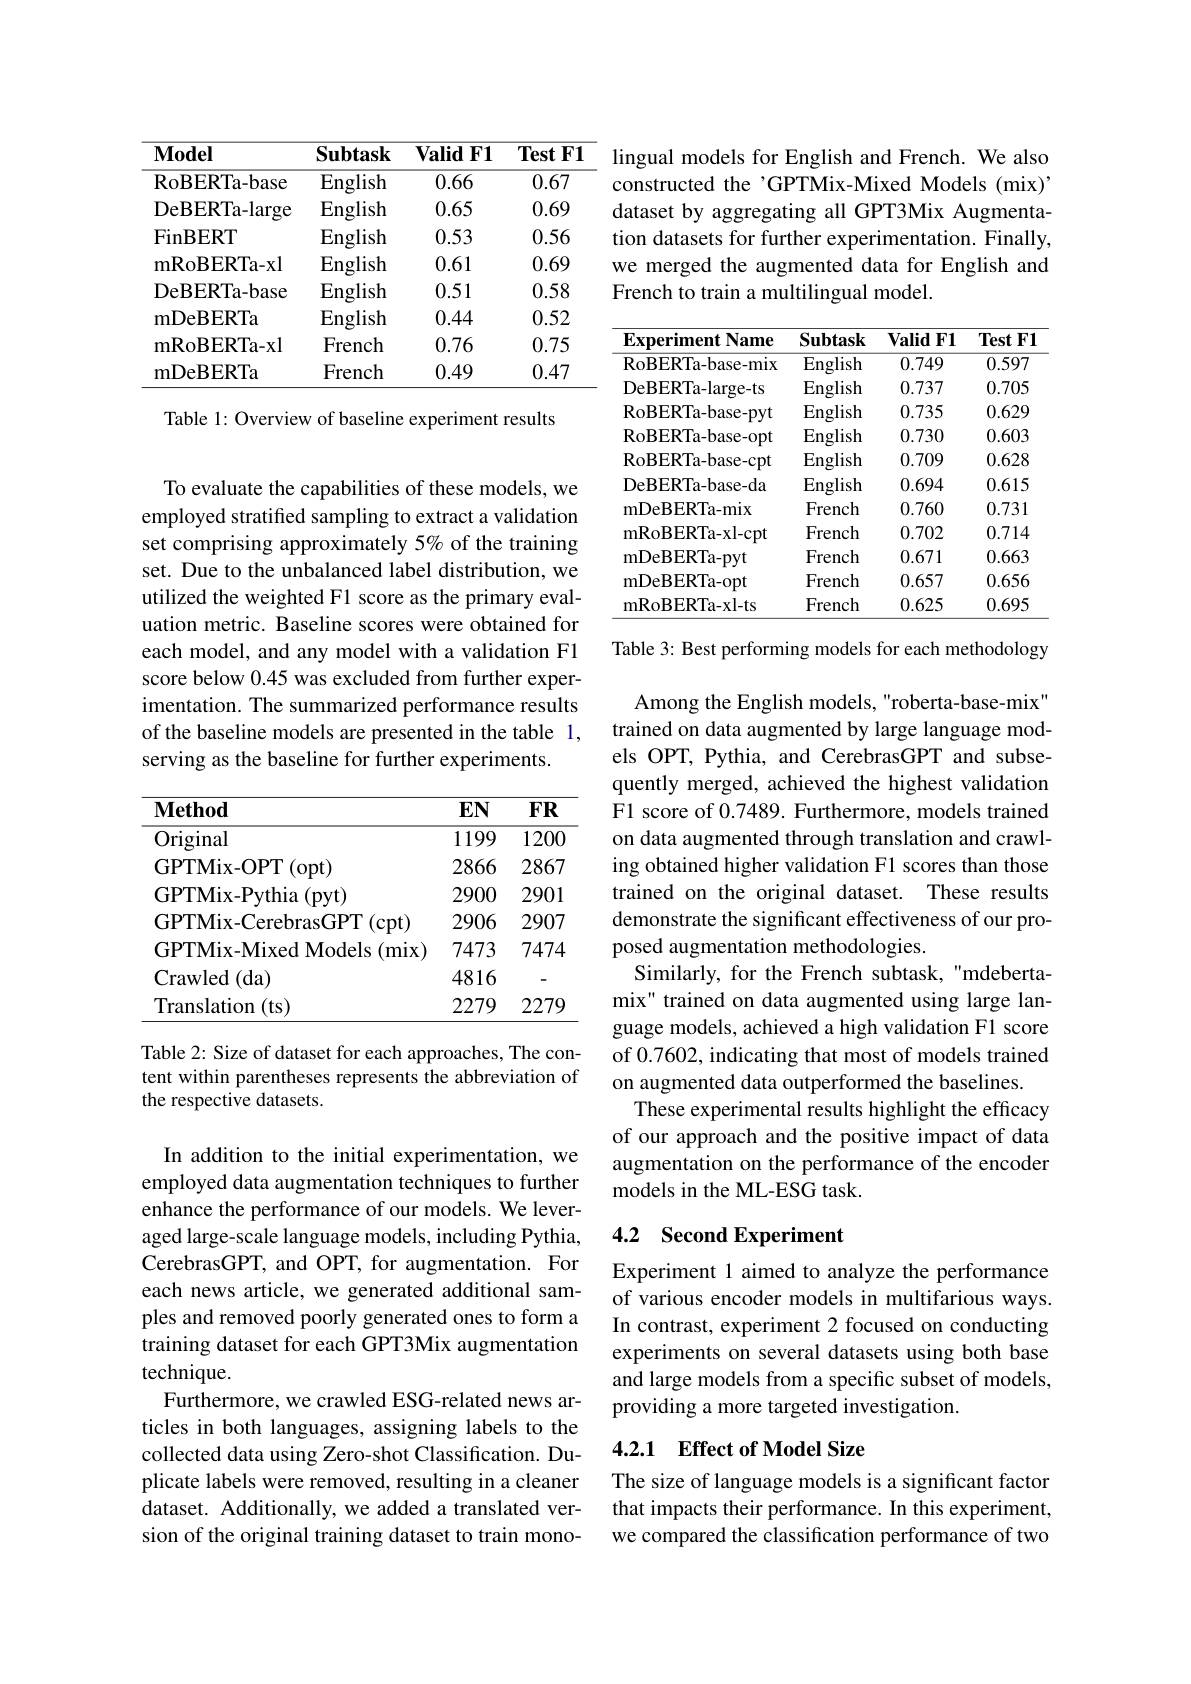
<table>
	<tbody>
		<tr>
			<th>$\mathbf{Model}$</th>
			<th>$\mathbf{Subtask}$</th>
			<th>Valid $F1$ </th>
			<th>$\mathbf{TestF1}$</th>
		</tr>
		<tr>
			<td>RoBERTa- base</td>
			<td>English</td>
			<td>0.66</td>
			<td>0.67</td>
		</tr>
		<tr>
			<td>DeBERTa-large</td>
			<td>English</td>
			<td>0.65</td>
			<td>0.69</td>
		</tr>
		<tr>
			<td>$\operatorname{FinBERT}$</td>
			<td>English</td>
			<td>0.53</td>
			<td>0.56</td>
		</tr>
		<tr>
			<td>mRoBERTa- xl</td>
			<td>English</td>
			<td>0.61</td>
			<td>0.69</td>
		</tr>
		<tr>
			<td>DeBERTa- base</td>
			<td>English</td>
			<td>0.51</td>
			<td>0.58</td>
		</tr>
		<tr>
			<td>mDeBERTa</td>
			<td>English</td>
			<td>0.44</td>
			<td>0.52</td>
		</tr>
		<tr>
			<td>mRoBERTa- xl</td>
			<td>French</td>
			<td>0.76</td>
			<td>0.75</td>
		</tr>
		<tr>
			<td>mDeBERTa</td>
			<td>French</td>
			<td>0.49</td>
			<td>0.47</td>
		</tr>
	</tbody>
</table>

Table 1: Overview of baseline experiment results

To evaluate the capabilities of these models, we employed stratified sampling to extract a validation set comprising approximately 5% of the training set. Due to the unbalanced label distribution, we utilized the weighted F1 score as the primary evaluation metric. Baseline scores were obtained for each model, and any model with a validation F1 score below 0.45 was excluded from further experimentation. The summarized performance results of the baseline models are presented in the table 1, serving as the baseline for further experiments.

<table>
	<tbody>
		<tr>
			<th>$\mathbf{Method}$</th>
			<th>$EN$</th>
			<th>$FR$</th>
		</tr>
		<tr>
			<td>Original</td>
			<td>1199</td>
			<td>1200</td>
		</tr>
		<tr>
			<td>GPTMix-OPT(opt)</td>
			<td>2866</td>
			<td>2867</td>
		</tr>
		<tr>
			<td>$\langle p\mathbf{y}|$, 1</td>
			<td>$\angle900$</td>
			<td>$\angle901$</td>
		</tr>
		<tr>
			<td>$\mathbf{v}_{\mathrm{P}}^{\mathbf{v}}$, GPTMix- Mixed Models ( mix) </td>
			<td>L/W 7473</td>
			<td>747</td>
		</tr>
		<tr>
			<td>Crawled ( da) </td>
			<td>4816</td>
			<td>-</td>
		</tr>
		<tr>
			<td>Translation (ts)</td>
			<td>2279</td>
			<td>2279</td>
		</tr>
	</tbody>
</table>

Table 2: Size of dataset for each approaches, The content within parentheses represents the abbreviation of the respective datasets.

In addition to the initial experimentation, we employed data augmentation techniques to further enhance the performance of our models. We leveraged large-scale language models, including Pythia, CerebrasGPT, and OPT, for augmentation. For each news article, we generated additional samples and removed poorly generated ones to form a training dataset for each GPT3Mix augmentation technique.
Furthermore, we crawled ESG-related news articles in both languages, assigning labels to the collected data using Zero-shot Classification. Duplicate labels were removed, resulting in a cleaner dataset. Additionally, we added a translated version of the original training dataset to train mono-

lingual models for English and French. We also constructed the'GPTMix-Mixed Models (mix)' dataset by aggregating all GPT3Mix Augmentation datasets for further experimentation. Finally, we merged the augmented data for English and French to train a multilingual model.

<table>
	<tbody>
		<tr>
			<th>$\mathbf{Experiment}$ $\mathbf{t}\mathbf{N}\mathbf{ame}$</th>
			<th>$\mathbf{Subtask}$</th>
			<th>$\mathbf{ValidF1}$</th>
			<th>$\mathbf{TestF1}$</th>
		</tr>
		<tr>
			<td>RoBERTa-base-mix</td>
			<td>$\operatorname{English}$</td>
			<td>0.749</td>
			<td>0.597</td>
		</tr>
		<tr>
			<td>DeBERTa-large-ts</td>
			<td>English</td>
			<td>0.737</td>
			<td>0.705</td>
		</tr>
		<tr>
			<td>RoBERTa- base- pyt</td>
			<td>$\operatorname{English}$</td>
			<td>0.735</td>
			<td>0.629</td>
		</tr>
		<tr>
			<td>RoBERTa- base- opt</td>
			<td>English</td>
			<td>0.730</td>
			<td>0.603</td>
		</tr>
		<tr>
			<td>RoBERTa- base- cpt</td>
			<td>English</td>
			<td>0.709</td>
			<td>0.628</td>
		</tr>
		<tr>
			<td>DeBERTa-base-da</td>
			<td>$\operatorname{English}$</td>
			<td>0.694</td>
			<td>0.615</td>
		</tr>
		<tr>
			<td>mDeBERTa-mix</td>
			<td>French</td>
			<td>0.760</td>
			<td>0.731</td>
		</tr>
		<tr>
			<td>mRoBERTa- xl- cpt</td>
			<td>French</td>
			<td>0.702</td>
			<td>0.714</td>
		</tr>
		<tr>
			<td>mDeBERTa- pyt</td>
			<td>French</td>
			<td>0.671</td>
			<td>0.663</td>
		</tr>
		<tr>
			<td>mDeBERTa- opt</td>
			<td>French</td>
			<td>0.657</td>
			<td>0.656</td>
		</tr>
		<tr>
			<td>mRoBERTa-xl-ts</td>
			<td>French</td>
			<td>0.625</td>
			<td>0.695</td>
		</tr>
	</tbody>
</table>

Table 3: Best performing models for each methodology

Among the English models, "roberta-base-mix" trained on data augmented by large language models OPT, Pythia, and CerebrasGPT and subsequently merged, achieved the highest validation F1 score of 0.7489. Furthermore, models trained on data augmented through translation and crawling obtained higher validation F1 scores than those trained on the original dataset. These results demonstrate the significant effectiveness of our proposed augmentation methodologies.
Similarly, for the French subtask, "mdebertamix" trained on data augmented using large language models, achieved a high validation F1 score of 0.7602, indicating that most of models trained on augmented data outperformed the baselines.
These experimental results highlight the efficacy of our approach and the positive impact of data augmentation on the performance of the encoder models in the ML-ESG task.

## 4.2 Second Experiment

Experiment 1 aimed to analyze the performance of various encoder models in multifarious ways. In contrast, experiment 2 focused on conducting experiments on several datasets using both base and large models from a specific subset of models, providing a more targeted investigation.

## 4.2.1 Effect of Model Size

The size of language models is a significant factor that impacts their performance. In this experiment, we compared the classification performance of two